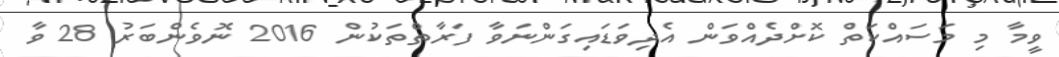
ވީމާ މި މަސައްކަތް ކޮށްދެއްވަން އެދިވަޑައިގަންނަވާ ފަރާތްތަކުން 2016 ނޮވެންބަރު 28 ވާ